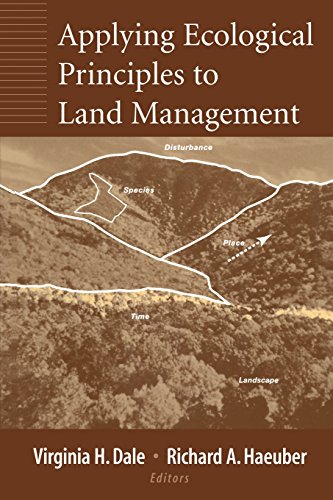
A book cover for Applying Ecological Principles to Land Management; Law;